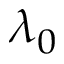
\lambda _ { 0 }